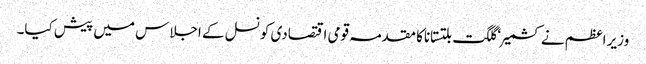
وزیر اعظم نے کشمیر ‘ گلگت بلتستاناکا مقدمہ قومی اقتصادی کونسل کے اجلاس میں پیش کیا۔